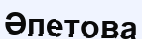
Әпетова